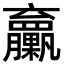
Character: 𦣔